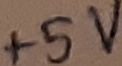
Text: +5V